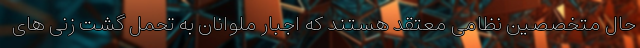
حال متخصصین نظامی معتقد هستند که اجبار ملوانان به تحمل گشت زنی های